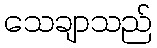
သေချာသည်